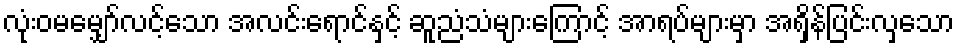
လုံးဝမမျှော်လင့်သော အလင်းရောင်နှင့် ဆူညံသံများကြောင့် အာရပ်များမှာ အရှိန်ပြင်းလှသော